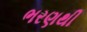
ભરણથી